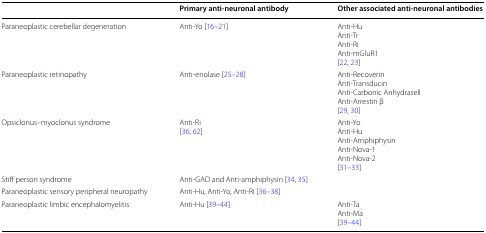
|  | Primary anti-neuronal antibody | Other associated anti-neuronal antibodies |
 | --- | --- | --- |
 | Paraneoplastic cerebellar degeneration | Anti-Yo [16–21] | Anti-HuAnti-TrAnti-RiAnti-mGluR1[22, 23] |
 | Paraneoplastic retinopathy | Anti-enolase [25–28] | Anti-RecoverinAnti-TransducinAnti-Carbonic AnhydraseIIAnti-Arrestin β[29, 30] |
 | Opsiclonus–myoclonus syndrome | Anti-Ri[36, 62] | Anti-YoAnti-HuAnti-AmphiphysinAnti-Nova-1Anti-Nova-2[31–33] |
 | Stiff person syndrome | <COLSPAN=2> Anti-GAD and Anti-amphiphysin [34, 35] |
 | Paraneoplastic sensory peripheral neuropathy | <COLSPAN=2> Anti-Hu, Anti-Yo, Anti-Ri [36–38] |
 | Paraneoplastic limbic encephalomyelitis | Anti-Hu [39–44] | Anti-TaAnti-Ma[39–44] |